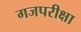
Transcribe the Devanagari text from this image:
गजपरीक्षा